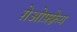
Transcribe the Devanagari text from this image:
ग़ेओफ़्फ़्रेय